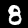
Digit: 8